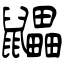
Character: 鼺